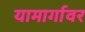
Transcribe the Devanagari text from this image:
यामार्गावर